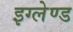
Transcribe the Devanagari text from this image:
इग्‍लेण्‍ड